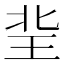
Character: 𤤘